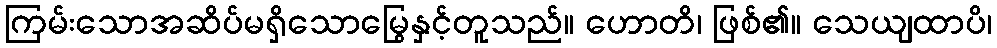
ကြမ်းသောအဆိပ်မရှိသောမြွေနှင့်တူသည်။ ဟောတိ၊ ဖြစ်၏။ သေယျထာပိ၊